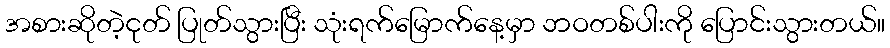
အစားဆိုတဲ့ငုတ် ပြုတ်သွားပြီး သုံးရက်မြောက်နေ့မှာ ဘဝတစ်ပါးကို ပြောင်းသွားတယ်။